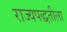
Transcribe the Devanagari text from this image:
राज्यपद्धतीला